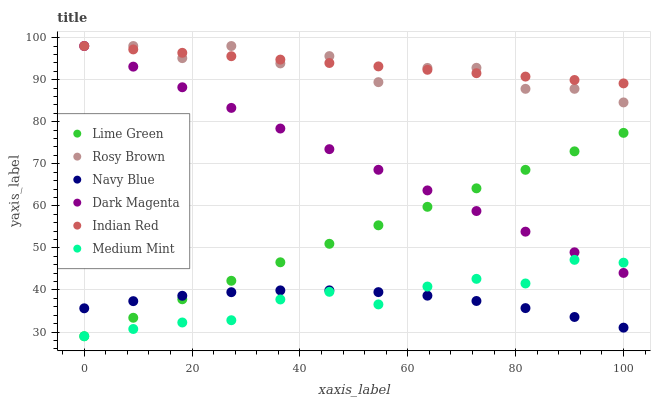
| xaxis_label | Lime Green | Rosy Brown | Navy Blue | Dark Magenta | Indian Red | Medium Mint |
 | --- | --- | --- | --- | --- | --- | --- |
 | 0 | 29 | 98 | 35.6 | 98 | 98 | 29 |
 | 9.09 | 33.4 | 98 | 37.3 | 93.1 | 97.2 | 30.7 |
 | 18.2 | 37.8 | 95.1 | 38.6 | 88.2 | 96.4 | 32.3 |
 | 27.3 | 42.2 | 98 | 39.5 | 83.3 | 95.6 | 32.8 |
 | 36.4 | 46.6 | 93.9 | 39.9 | 78.4 | 94.8 | 37.7 |
 | 45.5 | 51 | 95.6 | 39.9 | 73.5 | 94 | 39.6 |
 | 54.5 | 55.4 | 89.4 | 39.5 | 68.6 | 93.2 | 36.6 |
 | 63.6 | 59.8 | 92.8 | 38.6 | 63.7 | 92.3 | 40.8 |
 | 72.7 | 64.2 | 92.8 | 37.4 | 58.8 | 91.5 | 42.6 |
 | 81.8 | 68.6 | 87.8 | 35.7 | 53.9 | 90.7 | 41.5 |
 | 90.9 | 73 | 87.8 | 33.6 | 49 | 89.9 | 47.2 |
 | 100 | 77.4 | 84.6 | 31 | 44.1 | 89.1 | 46.5 |